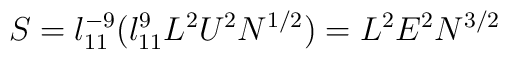
S = l_{11}^{-9} (l_{11}^{9} L^2 U^2 N^{1/2}) = L^2 E^2 N^{3/2}